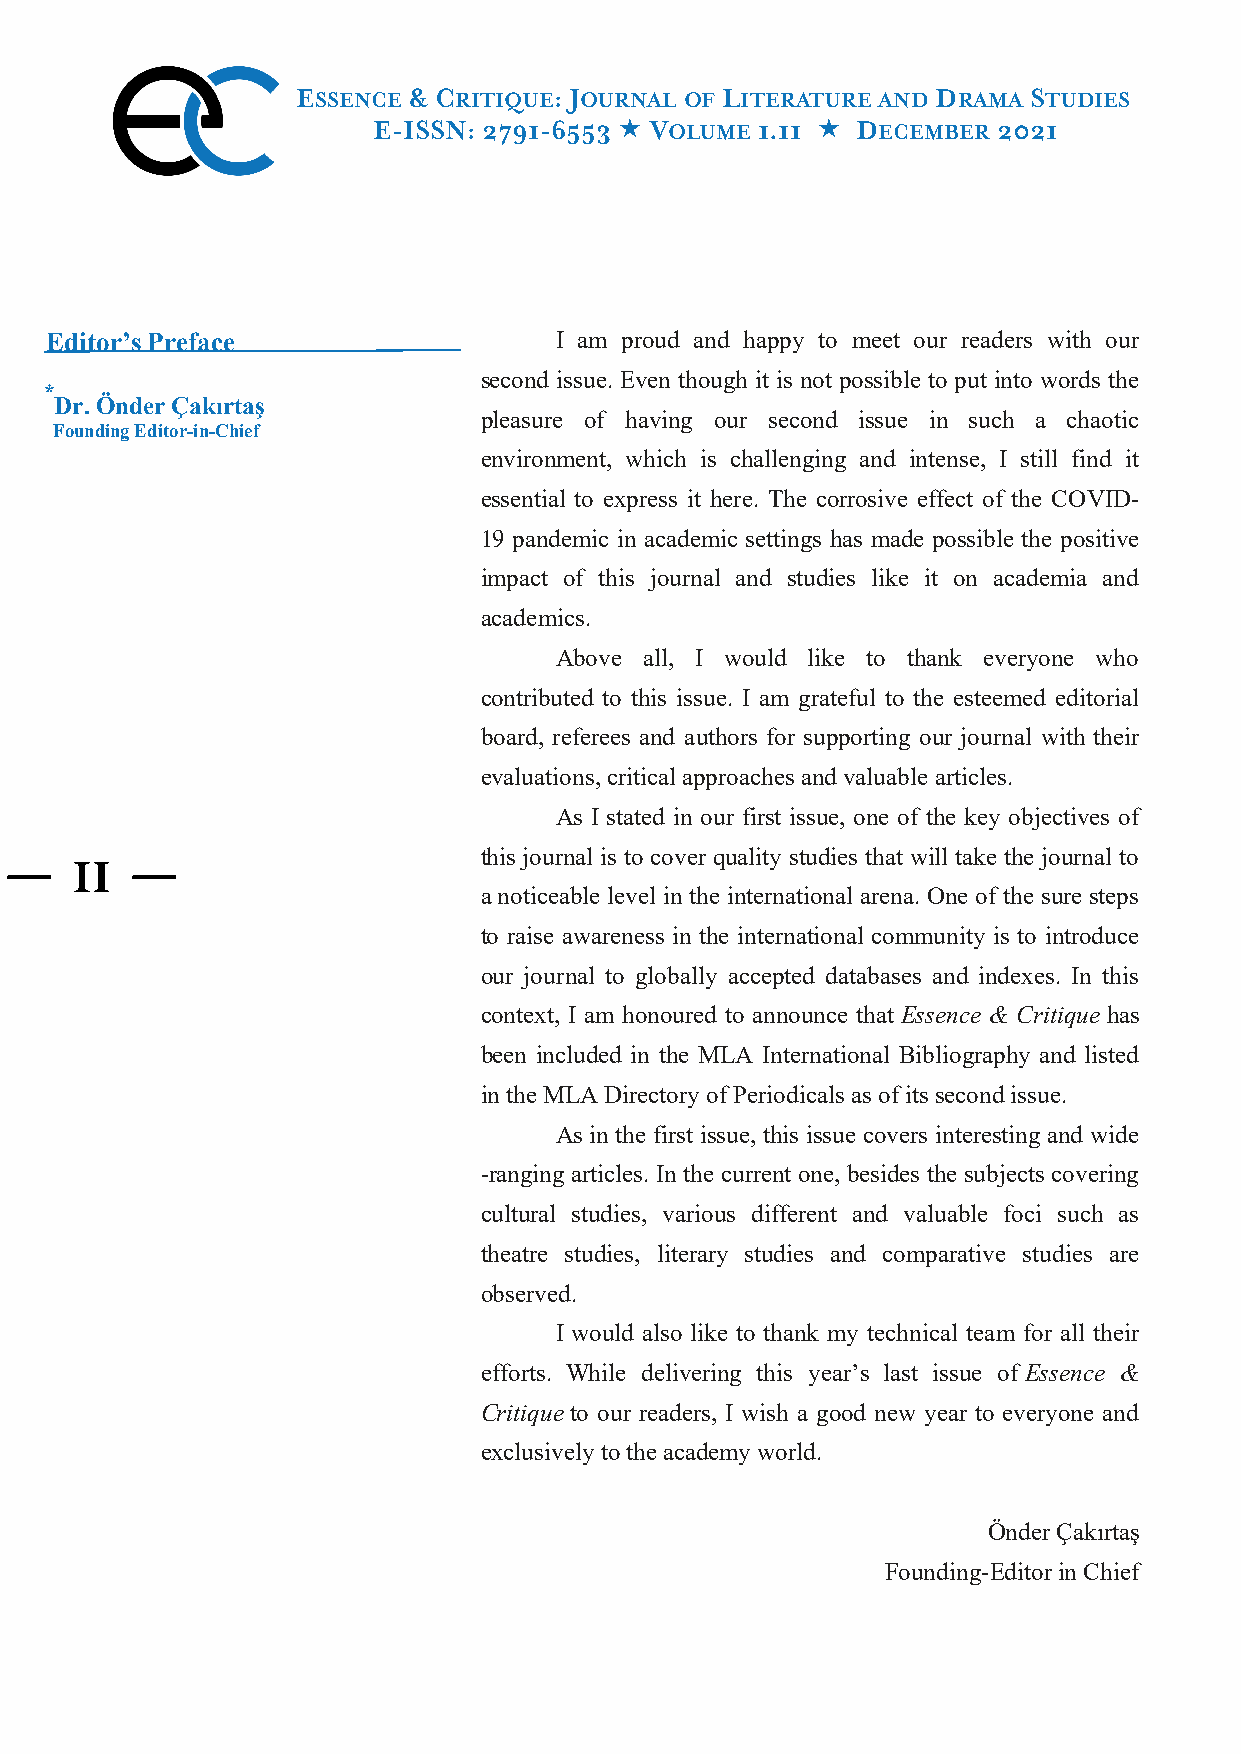
ESSENCE & CRITIQUE: JOURNAL OF LITERATURE AND DRAMA STUDIES
 E-ISSN: 2791-6553  VOLUME 1.11  DECEMBER 2021
 Editor’s Preface                  I am proud and happy to meet our readers with our
 second issue. Even though it is not possible to put into words the
 *
 Dr. Önder Çakırtaş
 pleasure of having our second issue in such a chaotic
 Founding Editor-in-Chief
 environment, which is challenging and intense, I still find it
 essential to express it here. The corrosive effect of the COVID-
 19 pandemic in academic settings has made possible the positive
 impact of this journal and studies like it on academia and
 academics.
 Above all, I would like to thank everyone who
 contributed to this issue. I am grateful to the esteemed editorial
 board, referees and authors for supporting our journal with their
 evaluations, critical approaches and valuable articles.
 As I stated in our first issue, one of the key objectives of
 this journal is to cover quality studies that will take the journal to
 I I
 a noticeable level in the international arena. One of the sure steps
 to raise awareness in the international community is to introduce
 our journal to globally accepted databases and indexes. In this
 context, I am honoured to announce that Essence & Critique has
 been included in the MLA International Bibliography and listed
 in the MLA Directory of Periodicals as of its second issue.
 As in the first issue, this issue covers interesting and wide
 -ranging articles. In the current one, besides the subjects covering
 cultural studies, various different and valuable foci such as
 theatre studies, literary studies and comparative studies are
 observed.
 I would also like to thank my technical team for all their
 efforts. While delivering this year’s last issue of Essence &
 Critique to our readers, I wish a good new year to everyone and
 exclusively to the academy world.
 Önder Çakırtaş
 Founding-Editor in Chief